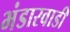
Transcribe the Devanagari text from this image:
भंडारवाडी